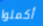
أكملوا